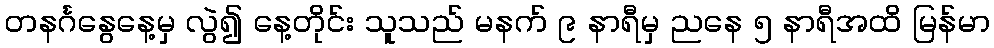
တနင်္ဂနွေနေ့မှ လွဲ၍ နေ့တိုင်း သူသည် မနက် ၉ နာရီမှ ညနေ ၅ နာရီအထိ မြန်မာ